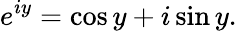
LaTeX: e^{iy}=\cos y+i\sin y.